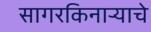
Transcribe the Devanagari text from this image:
सागरकिनार्‍याचे